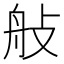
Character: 𦨗